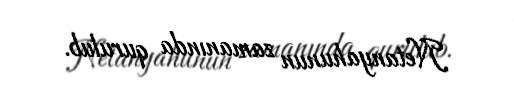
Netanyahunun zamanında qurulub.